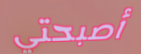
أصبحتي